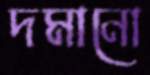
দমানো